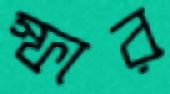
স্ফার